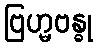
ဗြဟ္မဗန္ဓု